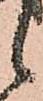
候